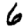
Digit: 6